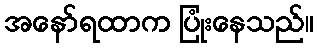
အနော်ရထာက ပြုံးနေသည်။